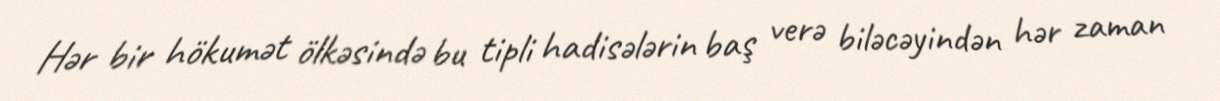
Hər bir hökumət ölkəsində bu tipli hadisələrin baş verə biləcəyindən hər zaman